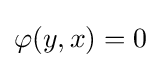
\varphi (y,x)=0